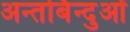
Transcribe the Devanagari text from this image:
अन्तर्बिन्दुओं